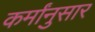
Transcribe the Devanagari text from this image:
कर्मांनुसार